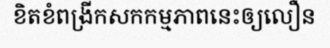
ខិតខំពង្រីកសកកម្មភាពនេះឲ្យលឿន